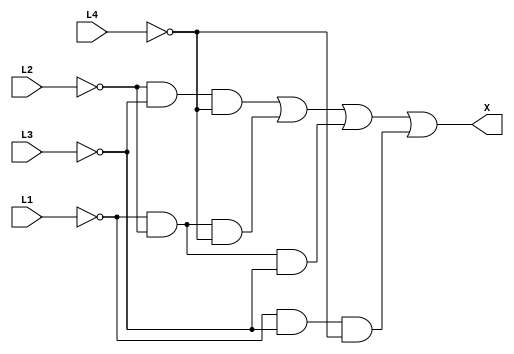
/*	Nome: Yasmim Laurentino
	Matrcula: 202020458
*/

module BombaReservatorios(L1, L2, L3, L4, X);
output X;
input L1, L2, L3, L4;

assign X= ~L2&~L3&~L4 | ~L1&~L2&~L4 | ~L1&~L2&~L3 | ~L1&~L3&~L4;

endmodule